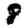
Digit: 8